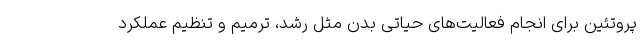
پروتئین برای انجام فعالیت‌های حیاتی بدن مثل رشد، ترمیم و تنظیم عملکرد